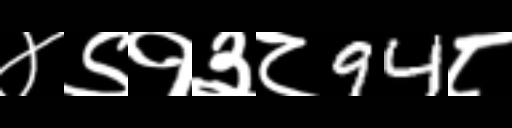
Text: ४९१३८94८